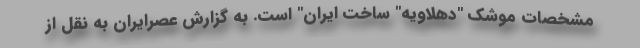
مشخصات موشک "دهلاویه" ساخت ایران" است. به گزارش عصرایران به نقل از